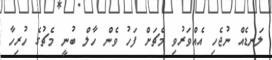
ލަނޑެއް ނުޖެހި އެއްވަރުވި މެޗަށް ފަހު ވެން ހާލް ބުނީ މެޗުގެ ހުރިހާ